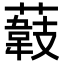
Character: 𦼽